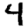
Digit: 4